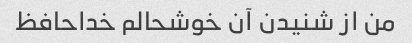
من از شنیدن آن خوشحالم خداحافظ